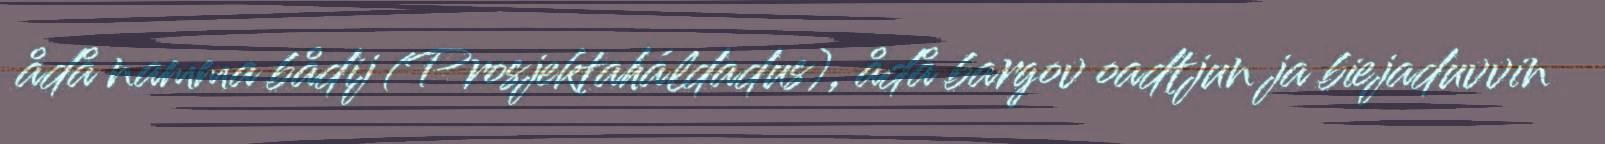
ådå namma bådij (Prosjektaháldadus), ådå bargov oadtjun ja biejaduvvin